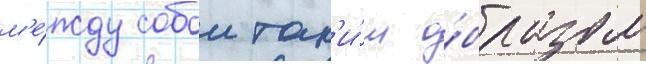
м'е́жду собои так'и́м о́бразом